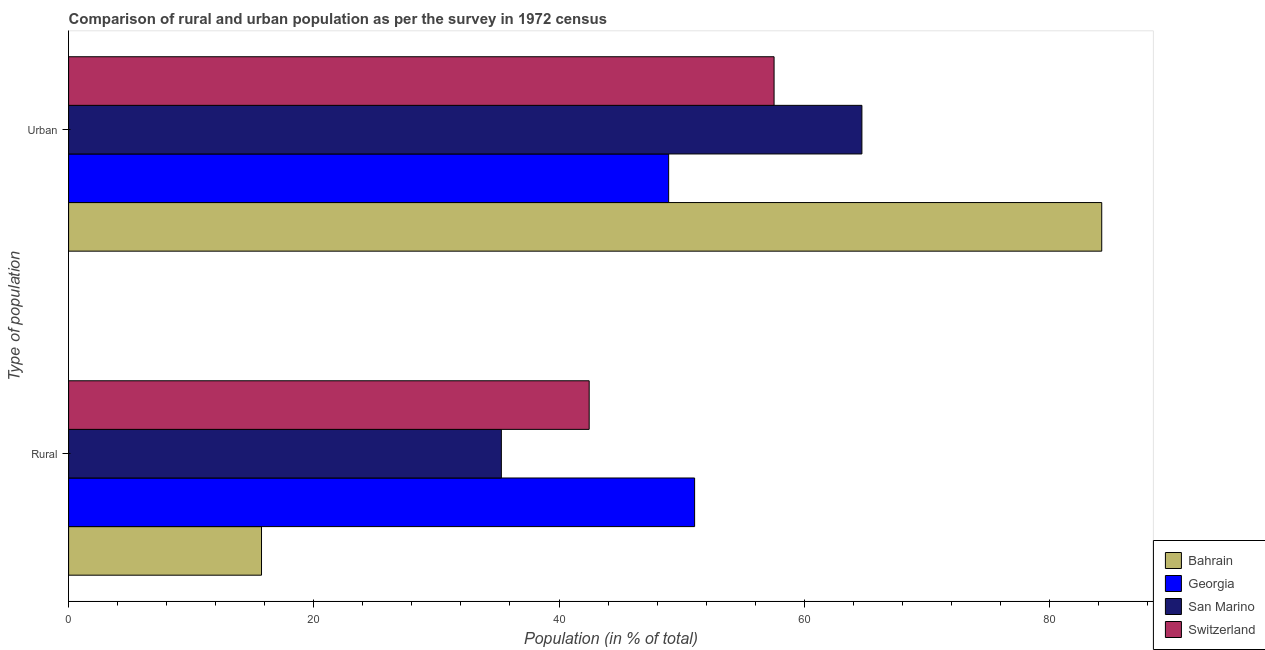
| Type of population | Bahrain | Georgia | San Marino | Switzerland |
 | --- | --- | --- | --- | --- |
 | Rural | 15.7 | 51.1 | 35.3 | 42.5 |
 | Urban | 84.3 | 48.9 | 64.7 | 57.5 |